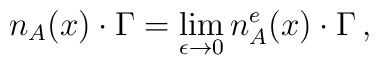
n_A(x)\cdot \Gamma =\lim_{\epsilon \to 0}n_A^e(x)\cdot \Gamma \,,